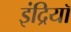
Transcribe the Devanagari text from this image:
इंद्रियॉ